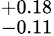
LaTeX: ^{+0.18}_{-0.11}